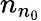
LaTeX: n_{n_{0}}